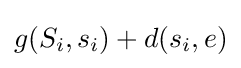
g(S_{i},s_{i})+d(s_{i},e)